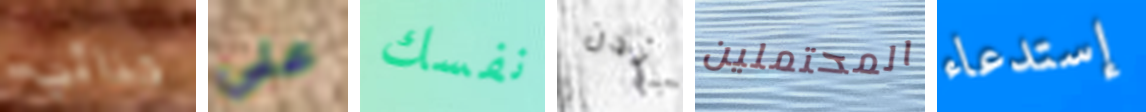
حذائي علي نفسك آيدن المحتملين إستدعاء